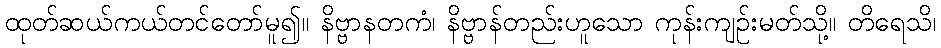
ထုတ်ဆယ်ကယ်တင်တော်မူ၍။ နိဗ္ဗာနတကံ၊ နိဗ္ဗာန်တည်းဟူသော ကုန်းကျဉ်းမတ်သို့။ တိရေသိ၊